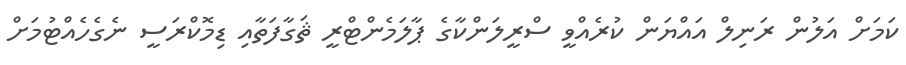
ކަމަށް އަލުން ރަނިލް އައްޔަން ކުރެއްވީ ސްރީލަންކާގެ ޕާލަމެންޓްރީ ޘަގާފަތާއި ޑިމޮކްރަސީ ނެގެހެއްޓުމަށް